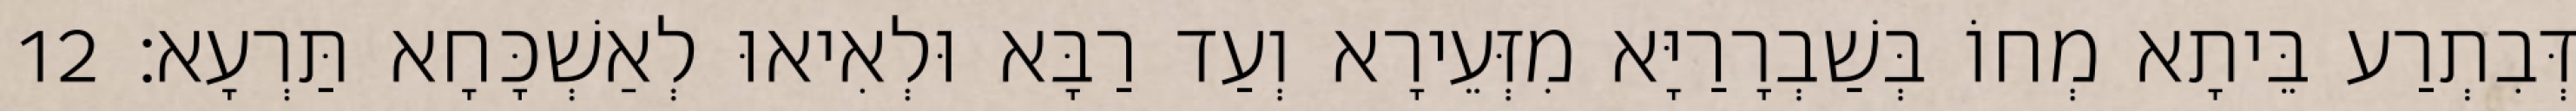
דְּבִתְרַע בֵּיתָא מְחוֹ בְּשַׁבְרָרַיָּא מִזְּעֵירָא וְעַד רַבָּא וּלְאִיאוּ לְאַשְׁכָּחָא תַּרְעָא׃ 12